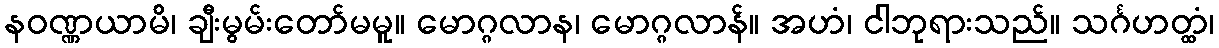
နဝဏ္ဏယာမိ၊ ချီးမွမ်းတော်မမူ။ မောဂ္ဂလာန၊ မောဂ္ဂလာန်။ အဟံ၊ ငါဘုရားသည်။ သင်္ဂဟတ္ထံ၊